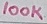
Text: 100K